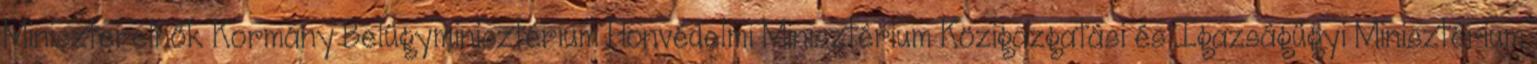
Miniszterelnök Kormány Belügyminisztérium Honvédelmi Minisztérium Közigazgatási és Igazságügyi Minisztérium